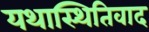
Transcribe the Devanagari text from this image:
यथास्थितिवाद